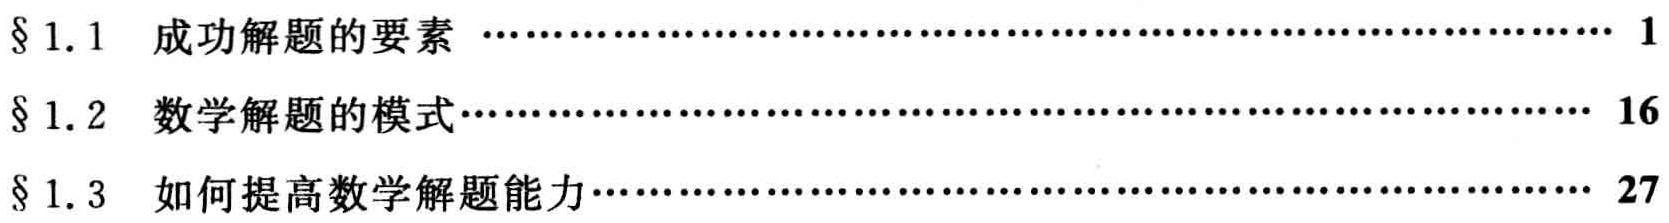
\begin{enumerate}
\item[§ 1.1] 成功解题的要素 \hfill 1
\item[§ 1.2] 数学解题的模式\hfill 16
\item[§ 1.3] 如何提高数学解题能力\hfill 27
\end{enumerate}